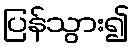
ပြန်သွား၍